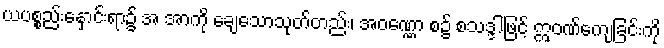
ယပစ္စည်းနှောင်းရာ၌ အ အာကို ချေသောသုတ်တည်း၊ အဝဏ္ဏော စ၌ စသဒ္ဒါဖြင့် ဣဝဏ်ကျေခြင်းကို